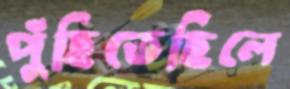
পুঁছিতেছিলে